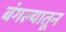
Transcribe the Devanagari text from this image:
बंगल्यातून